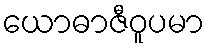
ယောဓာဇီဝူပမာ